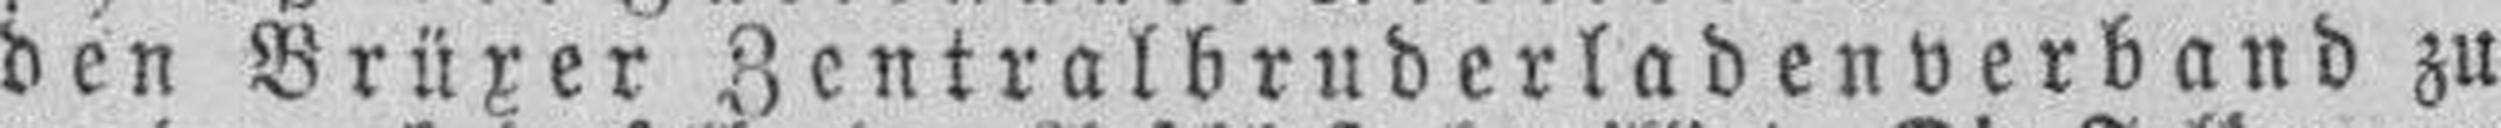
den Brüxer Zentralbruderladenverband zu